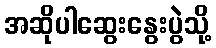
အဆိုပါဆွေးနွေးပွဲသို့